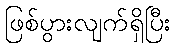
ဖြစ်ပွားလျက်ရှိပြီး